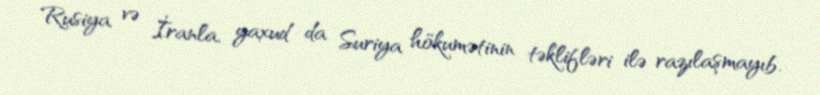
Rusiya və İranla, yaxud da Suriya hökumətinin təklifləri ilə razılaşmayıb.